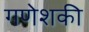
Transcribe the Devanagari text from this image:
गणेशकी